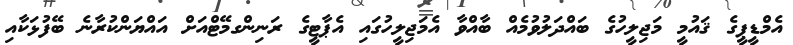
އެމްޑީޕީގެ ޤައުމީ މަޖިލީހުގެ ބައްދަލުވުމެއް ބާއްވާ އެމަޖިލީހުގައި އެޕާޓީގެ ރަނިންގމޭޓްއަށް އައްޔަންކުރާނެ ބޭފުޅަކާއި